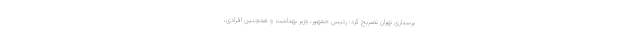
پرستاری تهران تصریح کرد: رئیس جمهور، وزیر بهداشت و همچنین افرادی،